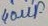
Text: 40µF